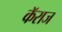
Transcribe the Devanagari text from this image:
कॅराज